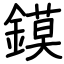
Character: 鏌